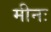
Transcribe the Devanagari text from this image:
मीनः